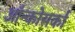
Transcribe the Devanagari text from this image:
ऑन्कोसर्का